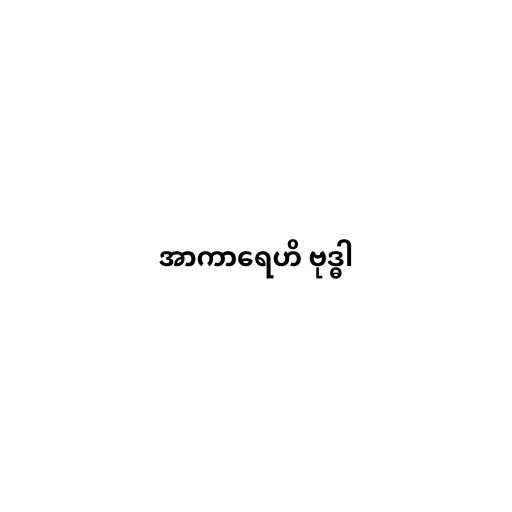
အာကာရေဟိ ဗုဒ္ဓါ